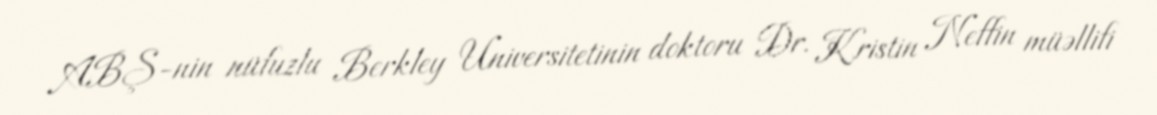
ABŞ-nin nüfuzlu Berkley Universitetinin doktoru Dr. Kristin Neffin müəllifi